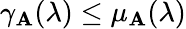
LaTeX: \gamma_{\mathbf{A}}(\lambda)\leq\mu_{\mathbf{A}}(\lambda)